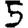
Digit: 5